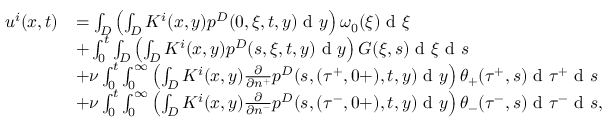
\begin{array} { r l } { u ^ { i } ( x , t ) } & { = \int _ { D } \left( \int _ { D } K ^ { i } ( x , y ) p ^ { D } ( 0 , \xi , t , y ) \textrm { d } y \right) \omega _ { 0 } ( \xi ) \textrm { d } \xi } \\ & { + \int _ { 0 } ^ { t } \int _ { D } \left( \int _ { D } K ^ { i } ( x , y ) p ^ { D } ( s , \xi , t , y ) \textrm { d } y \right) G ( \xi , s ) \textrm { d } \xi \textrm { d } s } \\ & { + \nu \int _ { 0 } ^ { t } \int _ { 0 } ^ { \infty } \left( \int _ { D } K ^ { i } ( x , y ) \frac { \partial } { \partial n ^ { + } } p ^ { D } ( s , ( \tau ^ { + } , 0 + ) , t , y ) \textrm { d } y \right) \theta _ { + } ( \tau ^ { + } , s ) \textrm { d } \tau ^ { + } \textrm { d } s } \\ & { + \nu \int _ { 0 } ^ { t } \int _ { 0 } ^ { \infty } \left( \int _ { D } K ^ { i } ( x , y ) \frac { \partial } { \partial n ^ { - } } p ^ { D } ( s , ( \tau ^ { - } , 0 + ) , t , y ) \textrm { d } y \right) \theta _ { - } ( \tau ^ { - } , s ) \textrm { d } \tau ^ { - } \textrm { d } s , } \end{array}